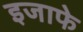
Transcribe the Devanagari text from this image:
इजाफे